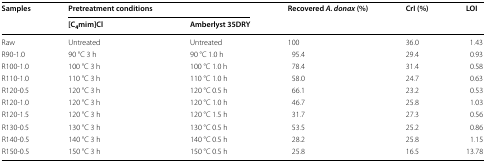
| <ROWSPAN=2> Samples | <COLSPAN=2> Pretreatment conditions | <ROWSPAN=2> Recovered A. donax (%) | <ROWSPAN=2> CrI (%) | <ROWSPAN=2> LOI |
 | [C4mim]Cl | Amberlyst 35DRY |
 | --- | --- | --- | --- | --- | --- |
 | Raw | Untreated | Untreated | 100 | 36.0 | 1.43 |
 | R90-1.0 | 90 °C 3 h | 90 °C 1.0 h | 95.4 | 29.4 | 0.93 |
 | R100-1.0 | 100 °C 3 h | 100 °C 1.0 h | 78.4 | 31.4 | 0.58 |
 | R110-1.0 | 110 °C 3 h | 110 °C 1.0 h | 58.0 | 24.7 | 0.63 |
 | R120-0.5 | 120 °C 3 h | 120 °C 0.5 h | 66.1 | 23.2 | 0.53 |
 | R120-1.0 | 120 °C 3 h | 120 °C 1.0 h | 46.7 | 25.8 | 1.03 |
 | R120-1.5 | 120 °C 3 h | 120 °C 1.5 h | 31.7 | 27.3 | 0.56 |
 | R130-0.5 | 130 °C 3 h | 130 °C 0.5 h | 53.5 | 25.2 | 0.86 |
 | R140-0.5 | 140 °C 3 h | 140 °C 0.5 h | 28.2 | 25.8 | 1.15 |
 | R150-0.5 | 150 °C 3 h | 150 °C 0.5 h | 25.8 | 16.5 | 13.78 |